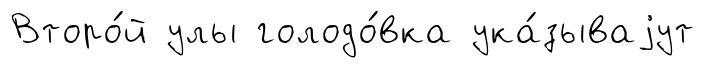
Второ́й улы голодо́вка ука́зываjут